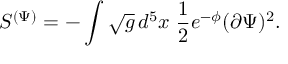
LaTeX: S ^ { ( \Psi ) } = - \int \sqrt { g } \, d ^ { 5 } x \; \frac { 1 } { 2 } e ^ { - \phi } ( \partial \Psi ) ^ { 2 } .